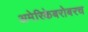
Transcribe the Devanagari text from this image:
अमेरिकेबरोबरच